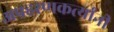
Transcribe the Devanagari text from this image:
अपहरणकर्त्यांनी